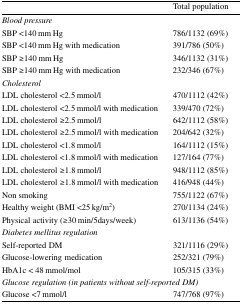
<table><thead><tr><td></td><td><b>Total population</b></td></tr></thead><tbody><tr><td colspan="2"><i>Blood pressure</i></td></tr><tr><td>SBP &lt;140 mm Hg</td><td>786/1132 (69%)</td></tr><tr><td>SBP &lt;140 mm Hg with medication</td><td>391/786 (50%)</td></tr><tr><td>SBP ≥140 mm Hg</td><td>346/1132 (31%)</td></tr><tr><td>SBP ≥140 mm Hg with medication</td><td>232/346 (67%)</td></tr><tr><td colspan="2"><i>Cholesterol</i></td></tr><tr><td>LDL cholesterol &lt;2.5 mmol/l</td><td>470/1112 (42%)</td></tr><tr><td>LDL cholesterol &lt;2.5 mmol/l with medication</td><td>339/470 (72%)</td></tr><tr><td>LDL cholesterol ≥2.5 mmol/l</td><td>642/1112 (58%)</td></tr><tr><td>LDL cholesterol ≥2.5 mmol/l with medication</td><td>204/642 (32%)</td></tr><tr><td>LDL cholesterol &lt;1.8 mmol/l</td><td>164/1112 (15%)</td></tr><tr><td>LDL cholesterol &lt;1.8 mmol/l with medication</td><td>127/164 (77%)</td></tr><tr><td>LDL cholesterol ≥1.8 mmol/l</td><td>948/1112 (85%)</td></tr><tr><td>LDL cholesterol ≥1.8 mmol/l with medication</td><td>416/948 (44%)</td></tr><tr><td>Non smoking</td><td>755/1122 (67%)</td></tr><tr><td>Healthy weight (BMI &lt;25 kg/m<sup>2</sup>)</td><td>270/1134 (24%)</td></tr><tr><td>Physical activity (≥30 min/5days/week)</td><td>613/1136 (54%)</td></tr><tr><td colspan="2"><i>Diabetes mellitus regulation</i></td></tr><tr><td>Self-reported DM</td><td>321/1116 (29%)</td></tr><tr><td>Glucose-lowering medication</td><td>252/321 (79%)</td></tr><tr><td>HbA1c &lt; 48 mmol/mol</td><td>105/315 (33%)</td></tr><tr><td colspan="2"><i>Glucose regulation (in patients without self-reported DM)</i></td></tr><tr><td>Glucose &lt;7 mmol/l</td><td>747/768 (97%)</td></tr></tbody></table>